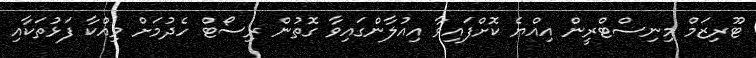
ޓޫރިޒަމް މިނިސްޓްރީން އިއްޔެ ކޮށްފައިވާ އިއުލާންގައިވާ ގޮތުން ރިސޯޓް ހެދުމަށް ވިއްކާ ފަޅުތަކާއި